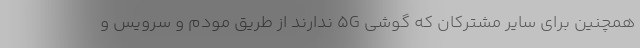
همچنین برای سایر مشترکان که گوشی 5G ندارند از طریق مودم و سرویس و